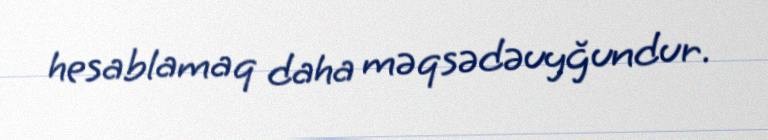
hesablamaq daha məqsədəuyğundur.